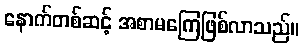
နောက်တစ်ဆင့် အစာမကြေဖြစ်လာသည်။